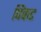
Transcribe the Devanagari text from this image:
पिंकट